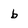
Character: b